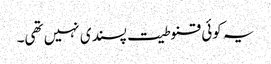
یہ کوئی قنوطیت پسندی نہیں تھی۔